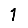
Digit: 1